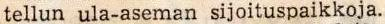
tellun ula-aseman sijoituspaikkoja.